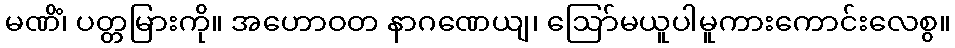
မဏိံ၊ ပတ္တမြားကို။ အဟောဝတ နာဂဏေယျ၊ ဩော်မယူပါမူကားကောင်းလေစွ။